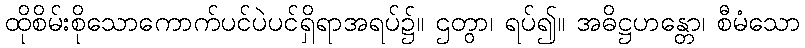
ထိုစိမ်းစိုသောကောက်ပင်ပဲပင်ရှိရာအရပ်၌။ ဌတွာ၊ ရပ်၍။ အဓိဋ္ဌဟန္တော၊ စီမံသော